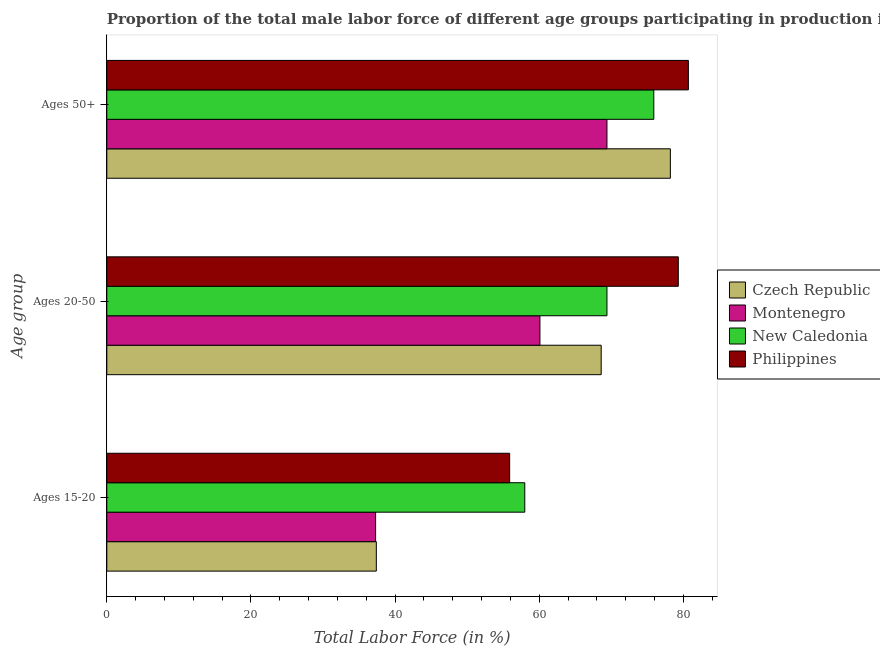
| Age group | Czech Republic | Montenegro | New Caledonia | Philippines |
 | --- | --- | --- | --- | --- |
 | Ages 15-20 | 37.4 | 37.3 | 58 | 55.9 |
 | Ages 20-50 | 68.6 | 60.1 | 69.4 | 79.3 |
 | Ages 50+ | 78.2 | 69.4 | 75.9 | 80.7 |